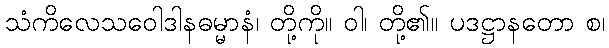
သံကိလေသဝေါဒါနဓမ္မာနံ၊ တို့ကို။ ဝါ၊ တို့၏။ ပဒဋ္ဌာနတော စ၊